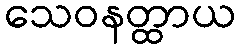
သေဝနတ္ထာယ